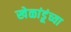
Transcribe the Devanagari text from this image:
खेळांडूंच्या